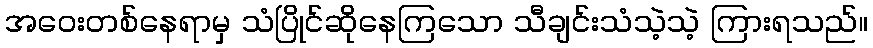
အဝေးတစ်နေရာမှ သံပြိုင်ဆိုနေကြသော သီချင်းသံသဲ့သဲ့ ကြားရသည်။